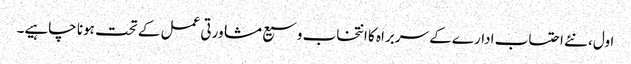
اول، نئے احتساب ادارے کے سربراہ کا انتخاب وسیع مشاورتی عمل کے تحت ہونا چاہیے۔